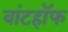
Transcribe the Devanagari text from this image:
वांटहॉफ